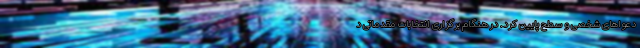
دعواهای شخصی و سطح پایین کرد. در هنگام برگزاری انتخابات مقدماتی د